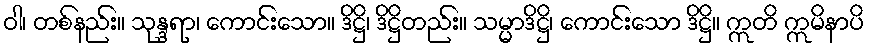
ဝါ၊ တစ်နည်း။ သုန္ဒရာ၊ ကောင်းသော။ ဒိဋ္ဌိ၊ ဒိဋ္ဌိတည်း။ သမ္မာဒိဋ္ဌိ၊ ကောင်းသော ဒိဋ္ဌိ။ ဣတိ ဣမိနာပိ